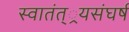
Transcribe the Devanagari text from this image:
स्वातंत््रयसंघर्ष